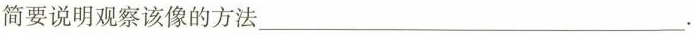
简要说明观察该像的方法___。